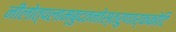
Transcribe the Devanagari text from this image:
नीलोत्पलाम्बुदतनोस्तरुणार्ककोटि